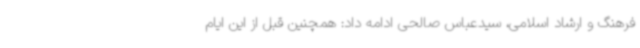
فرهنگ و ارشاد اسلامی، سیدعباس صالحی ادامه داد: همچنین قبل از این ایام